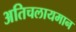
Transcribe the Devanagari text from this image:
अतिचलायमान